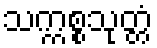
သက္ကစ္စသုတ္တံ